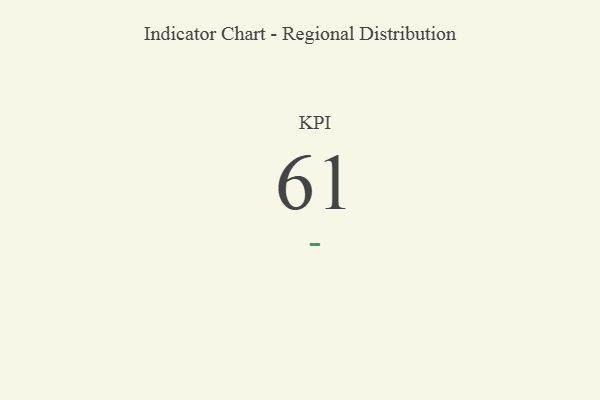
{"axis": {"x": "KPI", "y": "Value"}, "legend": [""], "data": [{"x": "KPI", "y": 61, "type": ""}]}